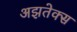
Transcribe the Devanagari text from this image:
अझतेक्स